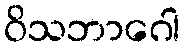
ဝိသဘာဂေါ